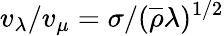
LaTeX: v_{\lambda}/v_{\mu}=\sigma/(\overline{{\rho}}\lambda)^{1/2}